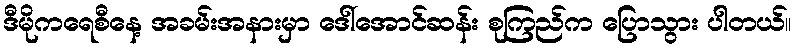
ဒီမိုကရေစီနေ့ အခမ်းအနားမှာ ဒေါ်အောင်ဆန်း စုကြည်က ပြောသွား ပါတယ်။